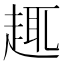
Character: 𧼈